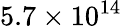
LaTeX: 5.7\times 10^{14}